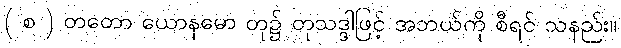
( စ ) တတော ယောနမော တု၌ တုသဒ္ဒါဖြင့် အဘယ်ကို စီရင် သနည်း။